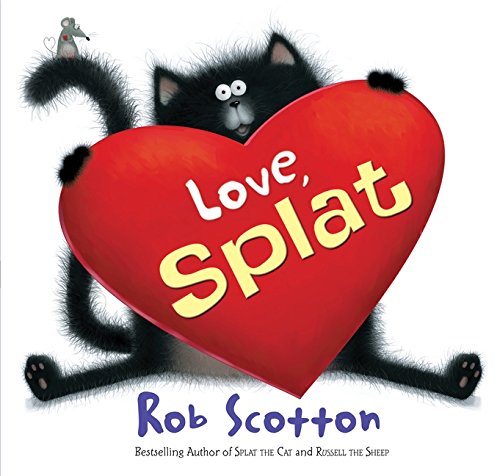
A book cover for Love, Splat (Splat the Cat); Rob Scotton; Children's Books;